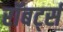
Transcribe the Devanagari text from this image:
रॉबर्ट्‍स